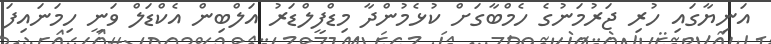
އަނިޔާގައި ހުރި ޖަރުމަނުގެ ހެމްބާގަށް ކުޅެމުންދާ މިޑްފީލްޑަރު އަލްބިން އެކްޑަލް ވަނީ ހިމަނައިފަ